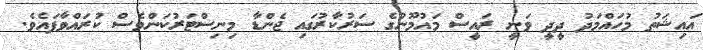
އައިޝަތު މުހައްމަދު ދީދީ ވަނީ ރައީސް މައުމޫނުގެ ސަރުކާރުގައި ޖެންޑާ މިނިސްޓަރުކަންވެސް ކުރައްވާފައެވެ.